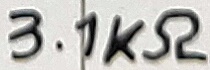
Text: 3.1KΩ